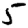
Digit: 5